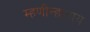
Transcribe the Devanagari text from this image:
म्हणीन्हाताय